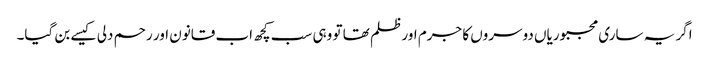
اگر یہ ساری مجبوریاں دوسروں کا جرم اور ظلم تھا تو وہی سب کچھ اب قانون اور رحم دلی کیسے بن گیا۔